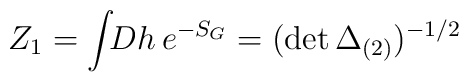
Z_1 = \int\!\!Dh\, e^{-S_G} = (\det \Delta_{(2)})^{-1/2}